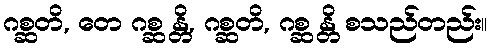
ဂစ္ဆတိ, တေ ဂစ္ဆ န္တိ, ဂစ္ဆတိ, ဂစ္ဆ န္တိ စသည်တည်း။